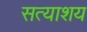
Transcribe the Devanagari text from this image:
सत्याशय